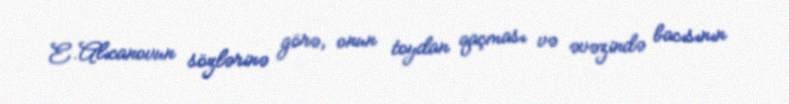
E.Alıcanovun sözlərinə görə, onun toydan qaçması və əvəzində bacısının